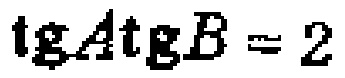
\(\operatorname{tg}A\operatorname{tg}B = 2\)